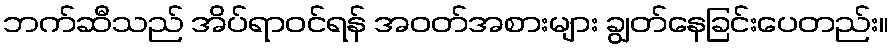
ဘက်ဆီသည် အိပ်ရာဝင်ရန် အဝတ်အစားများ ချွတ်နေခြင်းပေတည်း။